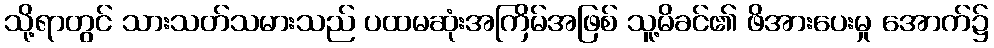
သို့ရာတွင် သားသတ်သမားသည် ပထမဆုံးအကြိမ်အဖြစ် သူ့မိခင်၏ ဖိအားပေးမှု အောက်၌